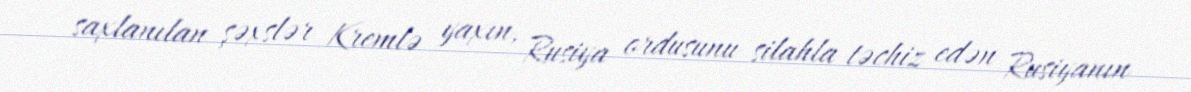
saxlanılan şəxslər Kremlə yaxın, Rusiya ordusunu silahla təchiz edən Rusiyanın